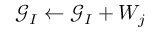
\mathcal { G } _ { I } \leftarrow \mathcal { G } _ { I } + W _ { j }